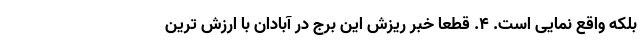
بلکه واقع نمایی است. ۴. قطعا خبر ریزش این برج در آبادان با ارزش ترین